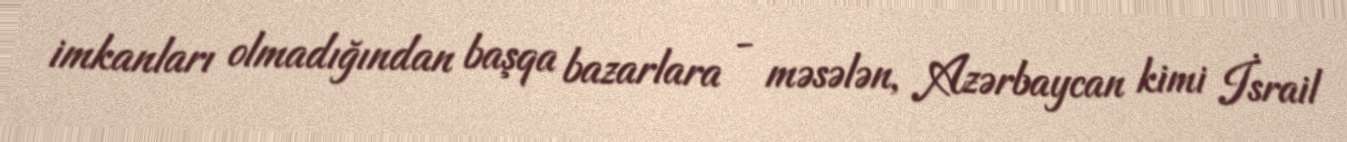
imkanları olmadığından başqa bazarlara - məsələn, Azərbaycan kimi İsrail